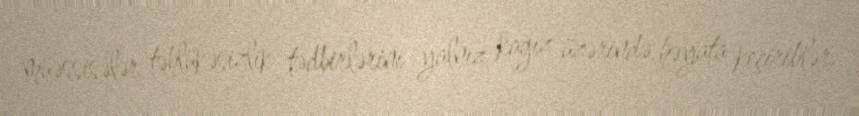
müəssisələr təhlükəsizlik tədbirlərini yalnız kağız üzərində həyata keçiriblər.